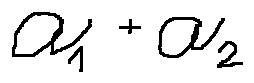
a _ { 1 } + a _ { 2 }